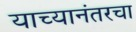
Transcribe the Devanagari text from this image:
याच्यानंतरचा